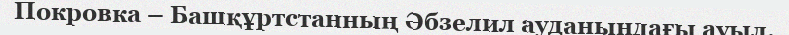
Покровка – Башқұртстанның Әбзелил ауданындағы ауыл.